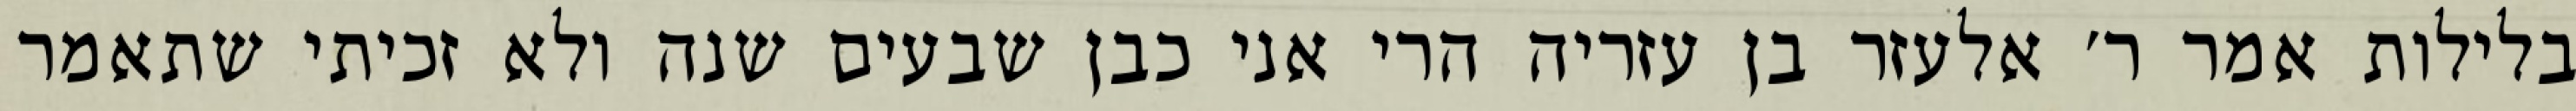
בלילות אמר ר׳ אלעזר בן עזריה הרי אני כבן שבעים שנה ולא זכיתי שתאמר